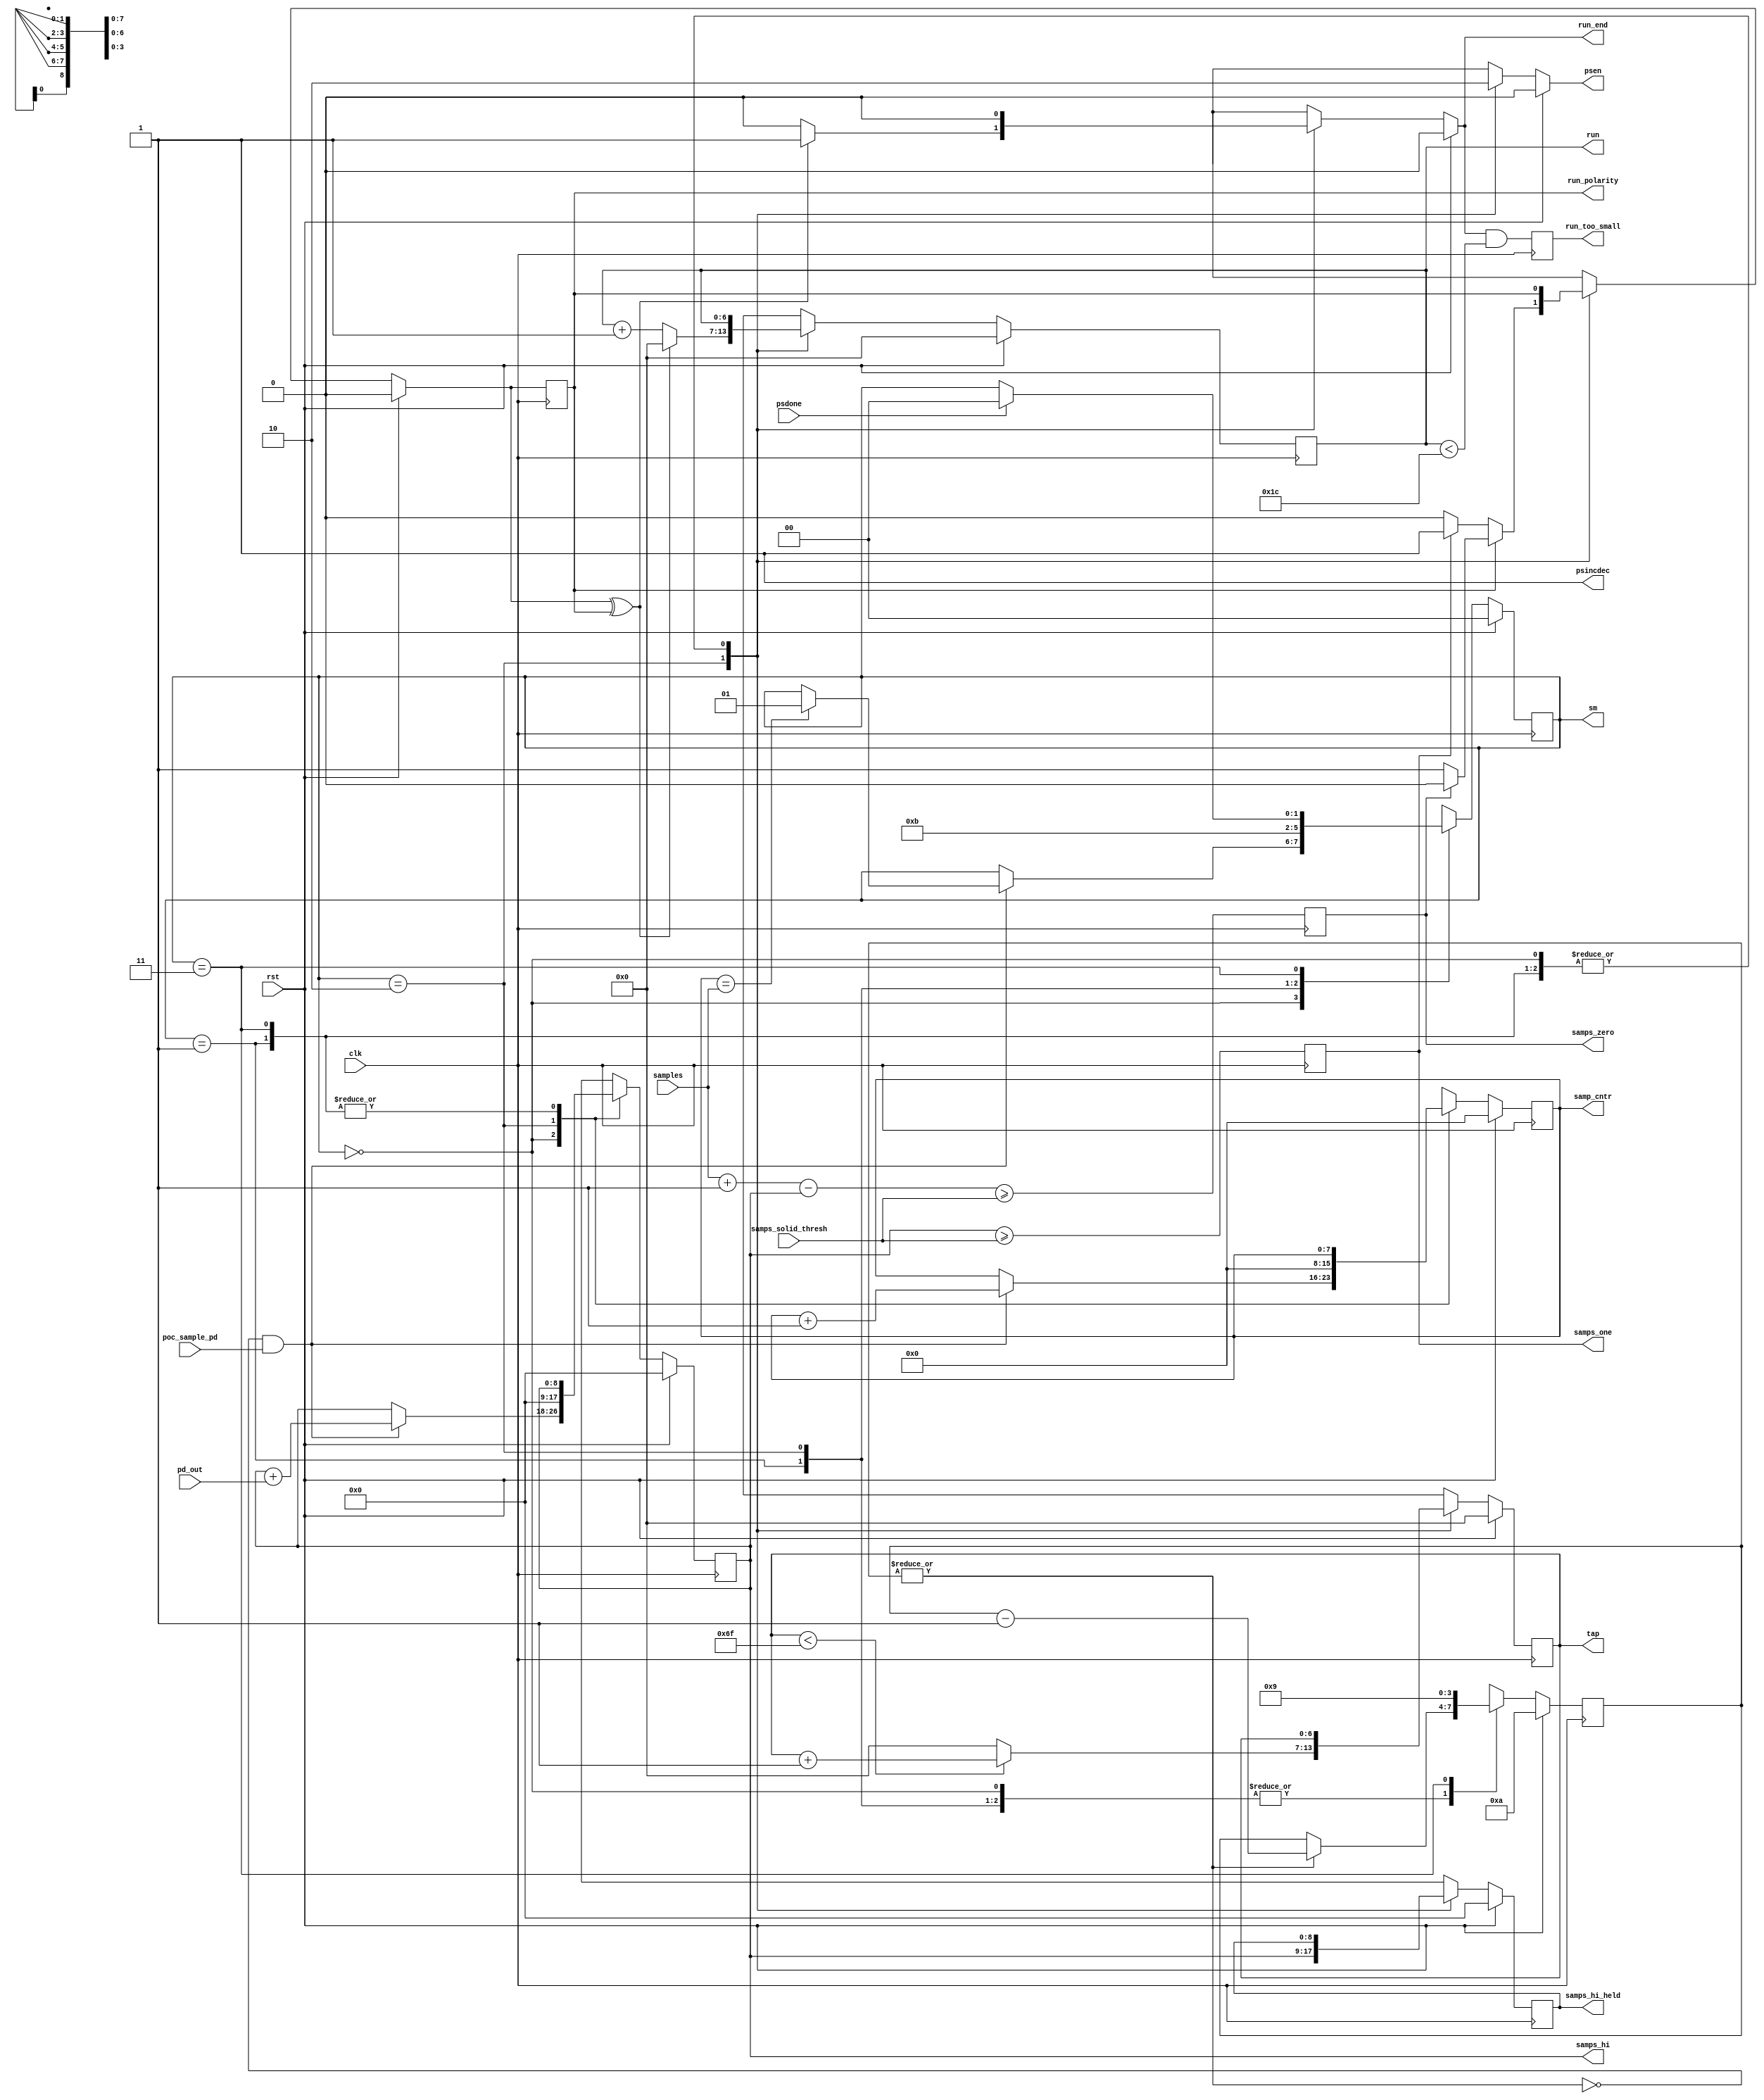
//*****************************************************************************
// (c) Copyright 2009 - 2012 Xilinx, Inc. All rights reserved.
//
// This file contains confidential and proprietary information
// of Xilinx, Inc. and is protected under U.S. and
// international copyright and other intellectual property
// laws.
//
// DISCLAIMER
// This disclaimer is not a license and does not grant any
// rights to the materials distributed herewith. Except as
// otherwise provided in a valid license issued to you by
// Xilinx, and to the maximum extent permitted by applicable
// law: (1) THESE MATERIALS ARE MADE AVAILABLE "AS IS" AND
// WITH ALL FAULTS, AND XILINX HEREBY DISCLAIMS ALL WARRANTIES
// AND CONDITIONS, EXPRESS, IMPLIED, OR STATUTORY, INCLUDING
// BUT NOT LIMITED TO WARRANTIES OF MERCHANTABILITY, NON-
// INFRINGEMENT, OR FITNESS FOR ANY PARTICULAR PURPOSE; and
// (2) Xilinx shall not be liable (whether in contract or tort,
// including negligence, or under any other theory of
// liability) for any loss or damage of any kind or nature
// related to, arising under or in connection with these
// materials, including for any direct, or any indirect,
// special, incidental, or consequential loss or damage
// (including loss of data, profits, goodwill, or any type of
// loss or damage suffered as a result of any action brought
// by a third party) even if such damage or loss was
// reasonably foreseeable or Xilinx had been advised of the
// possibility of the same.
//
// CRITICAL APPLICATIONS
// Xilinx products are not designed or intended to be fail-
// safe, or for use in any application requiring fail-safe
// performance, such as life-support or safety devices or
// systems, Class III medical devices, nuclear facilities,
// applications related to the deployment of airbags, or any
// other applications that could lead to death, personal
// injury, or severe property or environmental damage
// (individually and collectively, "Critical
// Applications"). Customer assumes the sole risk and
// liability of any use of Xilinx products in Critical
// Applications, subject only to applicable laws and
// regulations governing limitations on product liability.
//
// THIS COPYRIGHT NOTICE AND DISCLAIMER MUST BE RETAINED AS
// PART OF THIS FILE AT ALL TIMES.
//
//*****************************************************************************
//   ____  ____
//  /   /\/   /
// /___/  \  /    Vendor: Xilinx
// \   \   \/     Version:%version
//  \   \         Application: MIG
//  /   /         Filename: mig_7series_v4_2_poc_tap_base.v
// /___/   /\     Date Last Modified: $$
// \   \  /  \    Date Created:Tue 15 Jan 2014
//  \___\/\___\
//
//Device: Virtex-7
//Design Name: DDR3 SDRAM
//Purpose: All your taps are belong to us.
//
//In general, this block should be able to start up with a random initialization of
//the various counters.  But its probably easier, more normative and quicker time to solution
//to just initialize to zero with rst.
//
// Following deassertion of reset, endlessly increments the MMCM delay with PSEN.  For
// each MMCM tap it samples the phase detector output a programmable number of times.  
// When the sampling count is achieved, PSEN is pulsed and sampling of the next MMCM
// tap begins.
//
// Following a PSEN, sampling pauses for MMCM_SAMP_WAIT clocks.  This is workaround
// for a bug in the MMCM where its output may have noise for a period following
// the PSEN.
//
// Samples are taken every other fabric clock.  This is because the MMCM phase shift
// clock operates at half the fabric clock.  The reason for this is unknown.
//
// At the end of the sampling period, a filtering step is implemented.  samps_solid_thresh
// is the minumum number of samples that must be seen to declare a solid zero or one.  If
// neithr the one and zero samples cross this threshold, then the sampple is declared fuzz.
//
// A "run_polarity" bit is maintained. It is set appropriately whenever a solid sample
// is observed.
//
// A "run" counter is maintained.  If the current sample is fuzz, or opposite polarity
// from a previous sample, then the run counter is reset.  If the current sample is the
// same polarity run_polarity, then the run counter is incremented.
//
// If a run_polarity reversal or fuzz is observed and the run counter is not zero
// then the run_end strobe is pulsed.
// 
//Reference:
//Revision History:
//*****************************************************************************

`timescale 1 ps / 1 ps

module mig_7series_v4_2_poc_tap_base #
  (parameter MMCM_SAMP_WAIT             = 10,
   parameter POC_USE_METASTABLE_SAMP    = "FALSE",
   parameter TCQ                        = 100,
   parameter SAMPCNTRWIDTH              = 8,
   parameter SMWIDTH                    = 2,
   parameter TAPCNTRWIDTH               = 7,
   parameter TAPSPERKCLK                = 112)
  (/*AUTOARG*/
  // Outputs
  psincdec, psen, run, run_end, run_too_small, run_polarity,
  samp_cntr, samps_hi, samps_hi_held, tap, sm, samps_zero, samps_one,
  // Inputs
  pd_out, clk, samples, samps_solid_thresh, psdone, rst,
  poc_sample_pd
  );

  
  function integer clogb2 (input integer size); // ceiling logb2
    begin
      size = size - 1;
      for (clogb2=1; size>1; clogb2=clogb2+1)
            size = size >> 1;
    end
  endfunction // clogb2
  
  input pd_out;
  input clk;
  input [SAMPCNTRWIDTH:0] samples, samps_solid_thresh;
  input psdone;
  input rst;

  localparam ONE = 1;

  localparam SAMP_WAIT_WIDTH = clogb2(MMCM_SAMP_WAIT);
  reg [SAMP_WAIT_WIDTH-1:0] samp_wait_ns, samp_wait_r;
  always @(posedge clk) samp_wait_r <= #TCQ samp_wait_ns;

  reg pd_out_r;
  always @(posedge clk) pd_out_r <= #TCQ pd_out;
  wire pd_out_sel = POC_USE_METASTABLE_SAMP == "TRUE" ? pd_out_r : pd_out;

  output psincdec;
  assign psincdec = 1'b1;
  output psen;
  reg psen_int;
  assign psen = psen_int;
 
  reg [TAPCNTRWIDTH-1:0] run_r;
   reg [TAPCNTRWIDTH-1:0] run_ns;
  always @(posedge clk) run_r <= #TCQ run_ns;
  output [TAPCNTRWIDTH-1:0] run;
  assign run = run_r;

  output run_end;
  reg run_end_int;
  assign run_end = run_end_int;

  output run_too_small;
  reg run_too_small_r, run_too_small_ns;
  always @(*) run_too_small_ns = run_end && (run <  TAPSPERKCLK/4);
  always @(posedge clk) run_too_small_r <= #TCQ run_too_small_ns;
  assign run_too_small = run_too_small_r;
  
  reg run_polarity_r;
  reg run_polarity_ns;
  always @(posedge clk) run_polarity_r <= #TCQ run_polarity_ns;
  output run_polarity;
  assign run_polarity = run_polarity_r;

  reg [SAMPCNTRWIDTH-1:0] samp_cntr_r;
  reg [SAMPCNTRWIDTH-1:0] samp_cntr_ns;
  always @(posedge clk) samp_cntr_r <= #TCQ samp_cntr_ns;
  output [SAMPCNTRWIDTH-1:0] samp_cntr;
  assign samp_cntr = samp_cntr_r;

  reg [SAMPCNTRWIDTH:0] samps_hi_r;
  reg [SAMPCNTRWIDTH:0] samps_hi_ns;
  always @(posedge clk) samps_hi_r <= #TCQ samps_hi_ns;
  output [SAMPCNTRWIDTH:0] samps_hi;
  assign samps_hi = samps_hi_r;

  reg [SAMPCNTRWIDTH:0] samps_hi_held_r;
  reg [SAMPCNTRWIDTH:0] samps_hi_held_ns;
  always @(posedge clk) samps_hi_held_r <= #TCQ samps_hi_held_ns;
  output [SAMPCNTRWIDTH:0] samps_hi_held;
  assign samps_hi_held = samps_hi_held_r;

  reg [TAPCNTRWIDTH-1:0] tap_ns, tap_r;
  always @(posedge clk) tap_r <= #TCQ tap_ns;
  output [TAPCNTRWIDTH-1:0] tap;
  assign tap = tap_r;
  
  reg [SMWIDTH-1:0] sm_ns;
  reg [SMWIDTH-1:0] sm_r;
  always @(posedge clk) sm_r <= #TCQ sm_ns;
  output [SMWIDTH-1:0] sm;
  assign sm = sm_r;

  reg samps_zero_ns, samps_zero_r, samps_one_ns, samps_one_r;
  always @(posedge clk) samps_zero_r <= #TCQ samps_zero_ns;
  always @(posedge clk) samps_one_r <= #TCQ samps_one_ns;
  output samps_zero, samps_one;
  assign samps_zero = samps_zero_r;
  assign samps_one = samps_one_r;

  // Interesting corner case... what if both samps_zero and samps_one are
  // hi?  Could happen for small sample counts and reasonable values of
  // PCT_SAMPS_SOLID.  Doesn't affect samps_solid.  run_polarity assignment
  // consistently breaks tie with samps_one_r.
  wire [SAMPCNTRWIDTH:0] samps_lo = samples + ONE[SAMPCNTRWIDTH:0] - samps_hi_r;
  always @(*) begin
    samps_zero_ns = samps_zero_r;
    samps_one_ns = samps_one_r;
    samps_zero_ns = samps_lo >= samps_solid_thresh;
    samps_one_ns = samps_hi_r >= samps_solid_thresh;
  end // always @ begin
  wire new_polarity = run_polarity_ns ^ run_polarity_r;

  input poc_sample_pd;

  always @(*) begin
    
    if (rst == 1'b1) begin
      
 // RESET next states
      psen_int = 1'b0;
      sm_ns = /*AUTOLINK("SAMPLE")*/2'd0;
      run_polarity_ns = 1'b0;
      run_ns = {TAPCNTRWIDTH{1'b0}};
      run_end_int = 1'b0;
      samp_cntr_ns = {SAMPCNTRWIDTH{1'b0}};
      samps_hi_ns = {SAMPCNTRWIDTH+1{1'b0}};
      tap_ns = {TAPCNTRWIDTH{1'b0}};
      samp_wait_ns = MMCM_SAMP_WAIT[SAMP_WAIT_WIDTH-1:0];
      samps_hi_held_ns = {SAMPCNTRWIDTH+1{1'b0}};
    end else begin

 // Default next states;
      psen_int = 1'b0;
      sm_ns = sm_r;
      run_polarity_ns = run_polarity_r;
      run_ns = run_r;
      run_end_int = 1'b0;
      samp_cntr_ns = samp_cntr_r;
      samps_hi_ns = samps_hi_r;
      tap_ns = tap_r;
      samp_wait_ns = samp_wait_r;
      if (|samp_wait_r) samp_wait_ns = samp_wait_r - ONE[SAMP_WAIT_WIDTH-1:0];
      samps_hi_held_ns = samps_hi_held_r;

// State based actions and next states. 
      case (sm_r)
        /*AL("SAMPLE")*/2'd0: begin
	  if (~|samp_wait_r && poc_sample_pd | POC_USE_METASTABLE_SAMP == "TRUE") begin
	    if (POC_USE_METASTABLE_SAMP == "TRUE") samp_wait_ns = ONE[SAMP_WAIT_WIDTH-1:0];
	    if ({1'b0, samp_cntr_r} == samples) sm_ns = /*AK("COMPUTE")*/2'd1;
	    samps_hi_ns = samps_hi_r + {{SAMPCNTRWIDTH{1'b0}}, pd_out_sel};
	    samp_cntr_ns = samp_cntr_r + ONE[SAMPCNTRWIDTH-1:0];
	  end
        end
	
	/*AL("COMPUTE")*/2'd1:begin
	   sm_ns = /*AK("PSEN")*/2'd2;
        end

        /*AL("PSEN")*/2'd2:begin
	  sm_ns = /*AK("PSDONE_WAIT")*/2'd3;
	  psen_int = 1'b1;
	  samp_cntr_ns = {SAMPCNTRWIDTH{1'b0}};
	  samps_hi_ns = {SAMPCNTRWIDTH+1{1'b0}};
	  samps_hi_held_ns = samps_hi_r;
	  tap_ns = (tap_r < TAPSPERKCLK[TAPCNTRWIDTH-1:0] - ONE[TAPCNTRWIDTH-1:0])
	             ? tap_r + ONE[TAPCNTRWIDTH-1:0]
		     : {TAPCNTRWIDTH{1'b0}};

	  if (run_polarity_r) begin
	    if (samps_zero_r) run_polarity_ns = 1'b0;
	  end else begin
	    if (samps_one_r) run_polarity_ns = 1'b1;
	  end
	  if (new_polarity) begin
            run_ns ={TAPCNTRWIDTH{1'b0}};
	    run_end_int = 1'b1;
	  end else run_ns = run_r + ONE[TAPCNTRWIDTH-1:0];
        end

        /*AL("PSDONE_WAIT")*/2'd3:begin
	  samp_wait_ns = MMCM_SAMP_WAIT[SAMP_WAIT_WIDTH-1:0] - ONE[SAMP_WAIT_WIDTH-1:0];
	  if (psdone) sm_ns = /*AK("SAMPLE")*/2'd0;
        end
	
      endcase // case (sm_r)
    end // else: !if(rst == 1'b1)
  end // always @ (*)

endmodule // mig_7series_v4_2_poc_tap_base

// Local Variables:
// verilog-library-directories:(".")
// verilog-library-extensions:(".v")
// verilog-autolabel-prefix: "2'd"
// End: